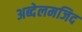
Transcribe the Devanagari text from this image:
अब्देलमजिद